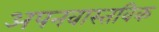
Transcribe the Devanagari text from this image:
अपनवास्तविक